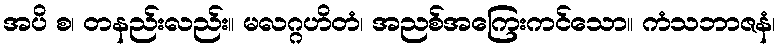
အပိ စ၊ တနည်းလည်း။ မလဂ္ဂဟိတံ၊ အညစ်အကြေးကင်သော။ ကံသဘာဇနံ၊